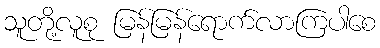
သူတို့လူစု မြန်မြန်ရောက်လာကြပါစေ